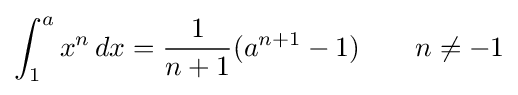
\int _{1}^{a}x^{n}\,dx={\frac {1}{n+1}}(a^{n+1}-1)\qquad n\neq -1